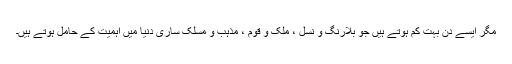
مگر ایسے دن بہت کم ہوتے ہیں جو بلارنگ و نسل ، ملک و قوم ، مذہب و مسلک ساری دنیا میں اہمیت کے حامل ہوتے ہیں۔